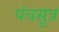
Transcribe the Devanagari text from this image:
पंचसूत्र